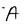
Character: A